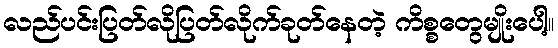
လည်ပင်းပြတ်လိုပြတ်လိုက်ခုတ်နေတဲ့ ကိစ္စတွေမျိုးပေါ့။